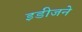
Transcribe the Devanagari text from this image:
इडीजने